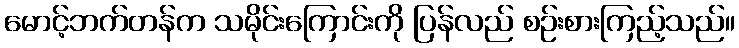
မောင့်ဘက်တန်က သမိုင်းကြောင်းကို ပြန်လည် စဉ်းစားကြည့်သည်။